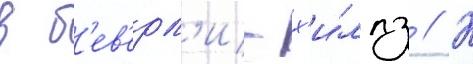
в б'ев'ерл'и-х'и́ллз // К